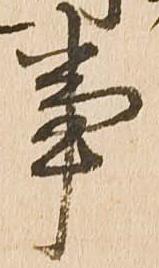
事